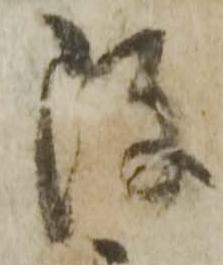
改